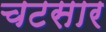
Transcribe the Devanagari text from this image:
चटसार